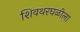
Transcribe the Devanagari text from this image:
शिवथरघळीला